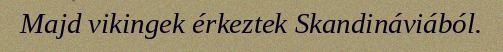
Majd vikingek érkeztek Skandináviából.